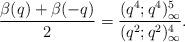
LaTeX: \begin{align*}\frac{\beta(q)+\beta(-q)}{2}=\frac{(q^4;q^4)_\infty^5}{(q^2;q^2)_{\infty}^4}.\end{align*}